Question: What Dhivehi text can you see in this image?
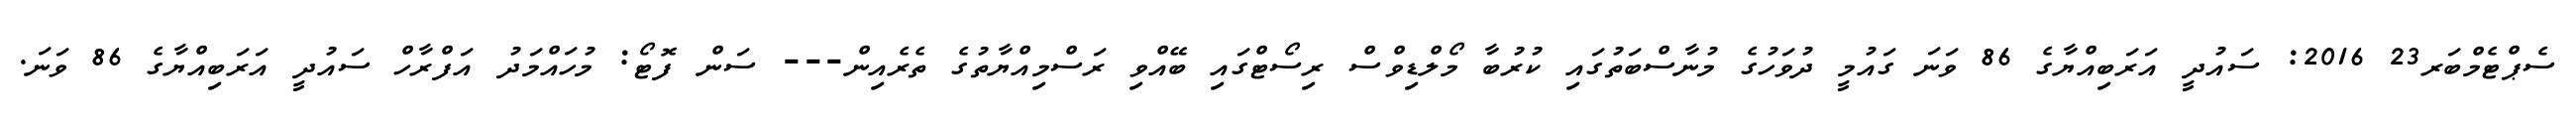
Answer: ސެޕްޓެމްބަރ23 2016: ސައުދީ އަރަބިއްޔާގެ 86 ވަނަ ގައުމީ ދުވަހުގެ މުނާސްބަތުގައި ކުރުބާ މޯލްޑިވްސް ރިސޯޓްގައި ބޭއްވި ރަސްމިއްޔާތުގެ ތެރެއިން--- ސަން ފޮޓޯ: މުހައްމަދު އަފްރާހް ސައުދީ އަރަބިއްޔާގެ 86 ވަނަ.